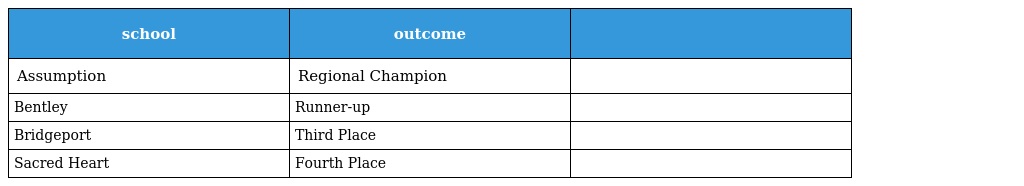
| school | outcome |  |
 | --- | --- | --- |
 | Assumption | Regional Champion |  |
 | Bentley | Runner-up |  |
 | Bridgeport | Third Place |  |
 | Sacred Heart | Fourth Place |  |